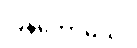
ပြန်တော့မယ်။